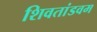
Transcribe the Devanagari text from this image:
शिवतांडवम